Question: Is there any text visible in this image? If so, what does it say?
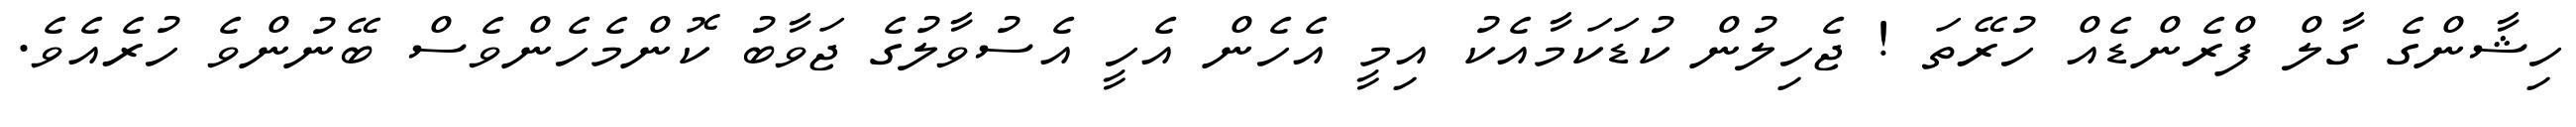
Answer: ހިޝާންގެ ގާލް ފްރެންޑެއް ހުރޭތަ ! ޖެހިލުން ކުޑަކަމާއެކު އިމީ އެހެން އެހީ އެސުވާލުގެ ޖަވާބު ކޮންމެހެންވެސް ބޭނުންވެ ހުރެއެވެ.